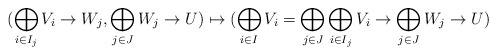
\begin{align*}(\bigoplus_{i \in I_j} V_i \to W_j, \bigoplus_{j \in J} W_j \to U)\mapsto (\bigoplus_{i \in I}V_i=\bigoplus_{j \in J}\bigoplus_{i \in I_j} V_i \to \bigoplus_{j \in J} W_j \to U)\end{align*}